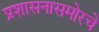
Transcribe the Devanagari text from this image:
प्रशासनासमोरचे